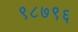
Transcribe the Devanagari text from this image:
९८७९६